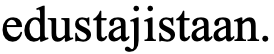
edustajistaan.